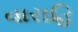
વારાહિ